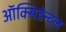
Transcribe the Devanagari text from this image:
ऑक्सिडेन्टल